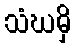
သံဃမှိ